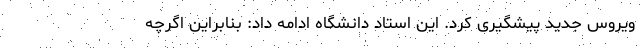
ویروس جدید پیشگیری کرد. این استاد دانشگاه ادامه داد: بنابراین اگرچه